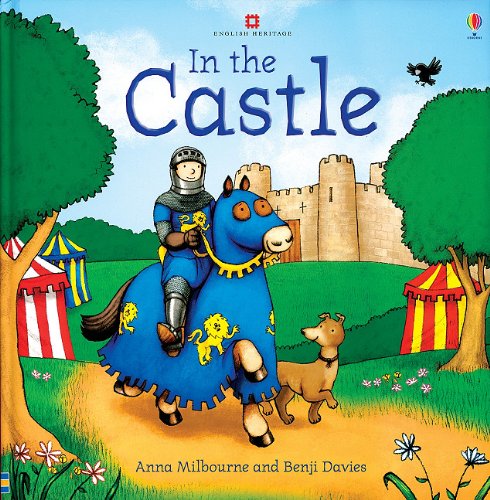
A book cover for In the Castle (Picture Books); Anna Milbourne; Children's Books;